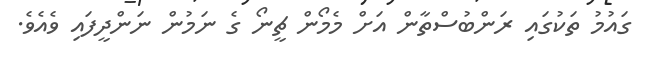
ގައުމު ތަކުގައި ރަންބުސްތާން އަށް މެމޯން ޗީނޯ ގެ ނަމުން ނަންދީފައި ވެއެވެ.